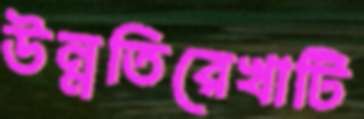
উন্নতিরেখাটি